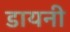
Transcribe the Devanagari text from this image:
डायनी